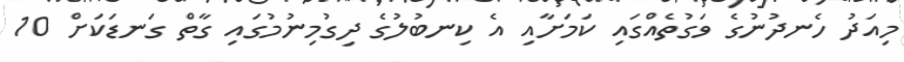
މިއަދު ހެނދުނުގެ ވަގުތެއްގައި ކަމަށާއި އެ ކިނބުލުގެ ދިގުމިނުމުގައި ގާތް ގަނޑަކަށް 10